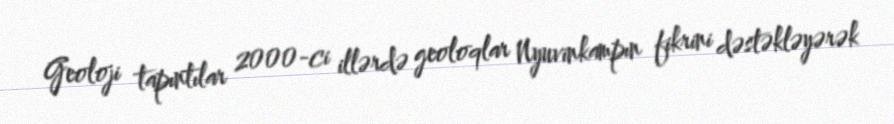
Geoloji tapıntılar 2000-ci illərdə geoloqlar Nyuvinkampın fikrini dəstəkləyərək